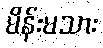
မိန်းမသား